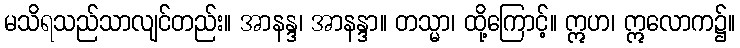
မသိရသည်သာလျင်တည်း။ အာနန္ဒ၊ အာနန္ဒာ။ တသ္မာ၊ ထို့ကြောင့်။ ဣဟ၊ ဣလောက၌။